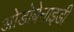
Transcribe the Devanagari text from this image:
ओडोबेनाइडी